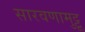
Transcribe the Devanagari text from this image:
सारवणामुट्टू